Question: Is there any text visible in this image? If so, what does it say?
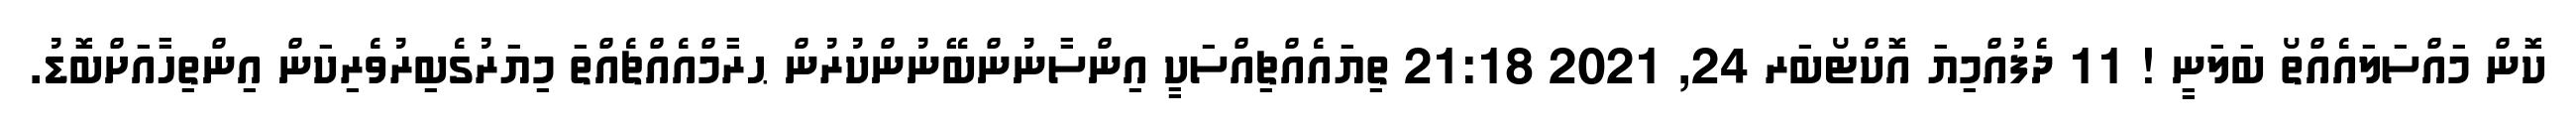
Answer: ކޮން މައްސަލައެއްތޯ ބަލަނީ ! 11 ދެފުއްމިޔަ އޮކްޓޯބަރ 24, 2021 21:18 ތިޔައެއްޗިއްސަކީ އިންސާނުންބޭނުންކުރުން ޙރާމްއެއްޗެއްތަ މިޔަރުގެބިރުވެރިކަން އިންތިހާއަށްބޮޑު.